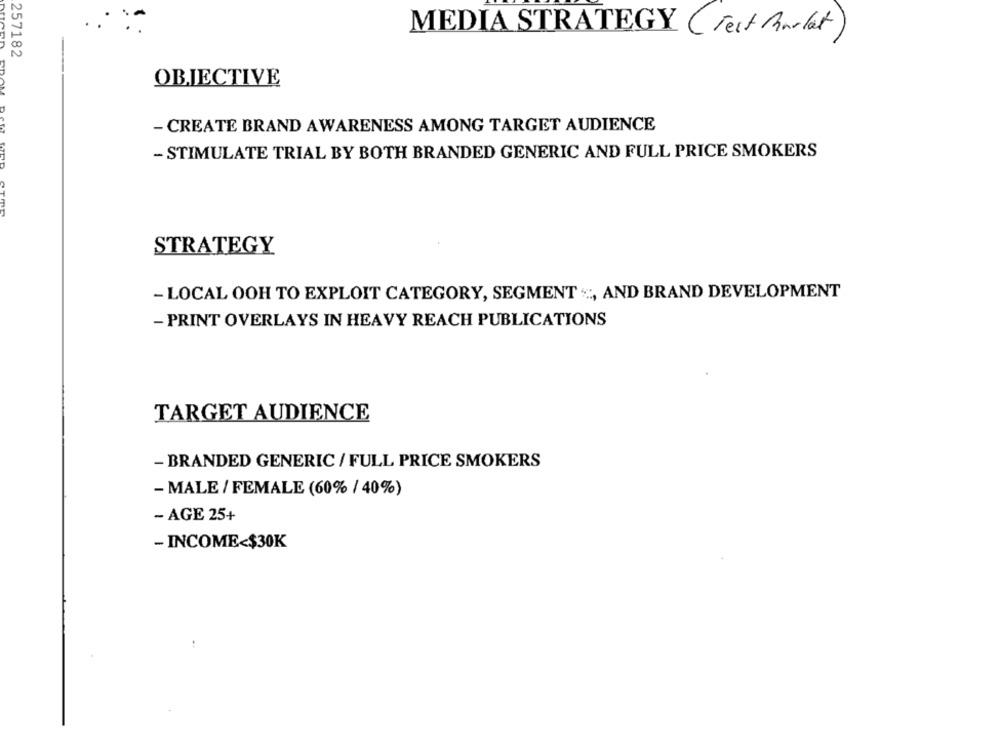
MEDIA STRATEGY ( Fest Parlat)
257182
OBJECTIVE
- CREATE BRAND AWARENESS AMONG TARGET AUDIENCE
- STIMULATE TRIAL BY BOTH BRANDED GENERIC AND FULL PRICE SMOKERS
STRATEGY
- LOCAL OOH TO EXPLOIT CATEGORY, SEGMENT ".", AND BRAND DEVELOPMENT
- PRINT OVERLAYS IN HEAVY REACH PUBLICATIONS
TARGET AUDIENCE
- BRANDED GENERIC / FULL PRICE SMOKERS
- MALE / FEMALE (60% / 40%)
- AGE 25+
- INCOME<$30K